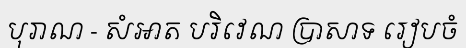
បុរាណ - សំអាត បរិវេណ ប្រាសាទ រៀបចំ